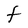
Character: t